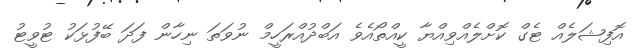
އޮފިޝަލެއް ޓެގް ކޮށްލެއްވިިއްޔާ ކީއްތޯއެވެ އަބްދުއްރަހީމް ނުވަތަ ނިހާން ފަދަ ބޭފުޅަކު ޓުވީޓު